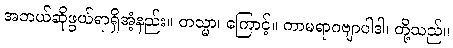
အဘယ်ဆိုဖွယ်ရာရှိအံ့နည်း။ တသ္မာ၊ ကြောင့်။ ကာမရာဂဗျာပါဒါ၊ တို့သည်။